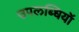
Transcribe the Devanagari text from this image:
उपलब्धियॉ